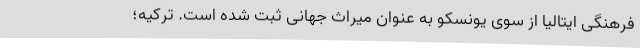
فرهنگی ایتالیا از سوی یونسکو به عنوان میراث جهانی ثبت شده است. ترکیه؛